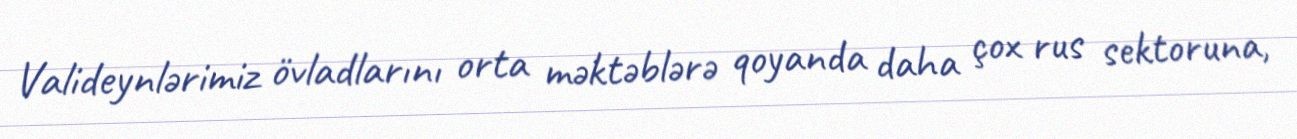
Valideynlərimiz övladlarını orta məktəblərə qoyanda daha çox rus sektoruna,